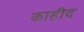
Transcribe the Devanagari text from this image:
काहीद